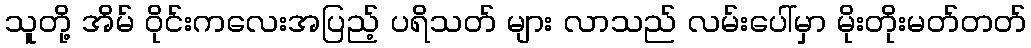
သူတို့ အိမ် ဝိုင်းကလေးအပြည့် ပရိသတ် များ လာသည် လမ်းပေါ်မှာ မိုးတိုးမတ်တတ်